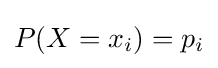
P(X=x_{i})=p_{i}